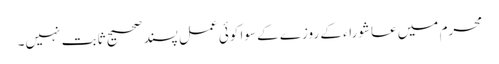
محرم میں عاشوراء کے روزے کے سوا کوئی عمل پسند صحیح ثابت نہیں۔